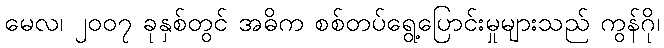
မေလ၊ ၂၀၀၇ ခုနှစ်တွင် အဓိက စစ်တပ်ရွေ့ပြောင်းမှုများသည် ကွန်ဂို၊